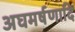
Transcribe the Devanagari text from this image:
अघमर्षणादि